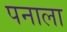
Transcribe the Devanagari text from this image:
पनाला